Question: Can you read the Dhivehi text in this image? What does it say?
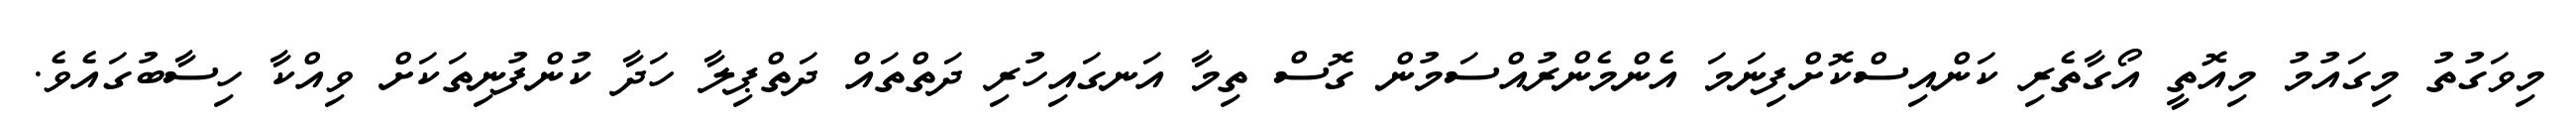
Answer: މިވަގުތު މިގައުމު މިއޮތީ އޯގާތެރި ކަންއިސްކޮށްފިނަމަ އެންމެންރުއްސަމުން ގޮސް ތިމާ އަނގައިހުރި ދަތްތައް ދަތްޕިލާ ހަދާ ކުންފުނިތަކަށް ވިއްކާ ހިސާބުގައެވެ.